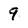
Character: 9